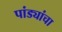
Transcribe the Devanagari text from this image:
पांड्यांचा